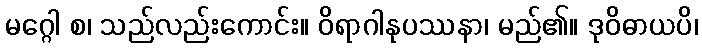
မဂ္ဂေါ စ၊ သည်လည်းကောင်း။ ဝိရာဂါနုပဿနာ၊ မည်၏။ ဒုဝိဓာယပိ၊